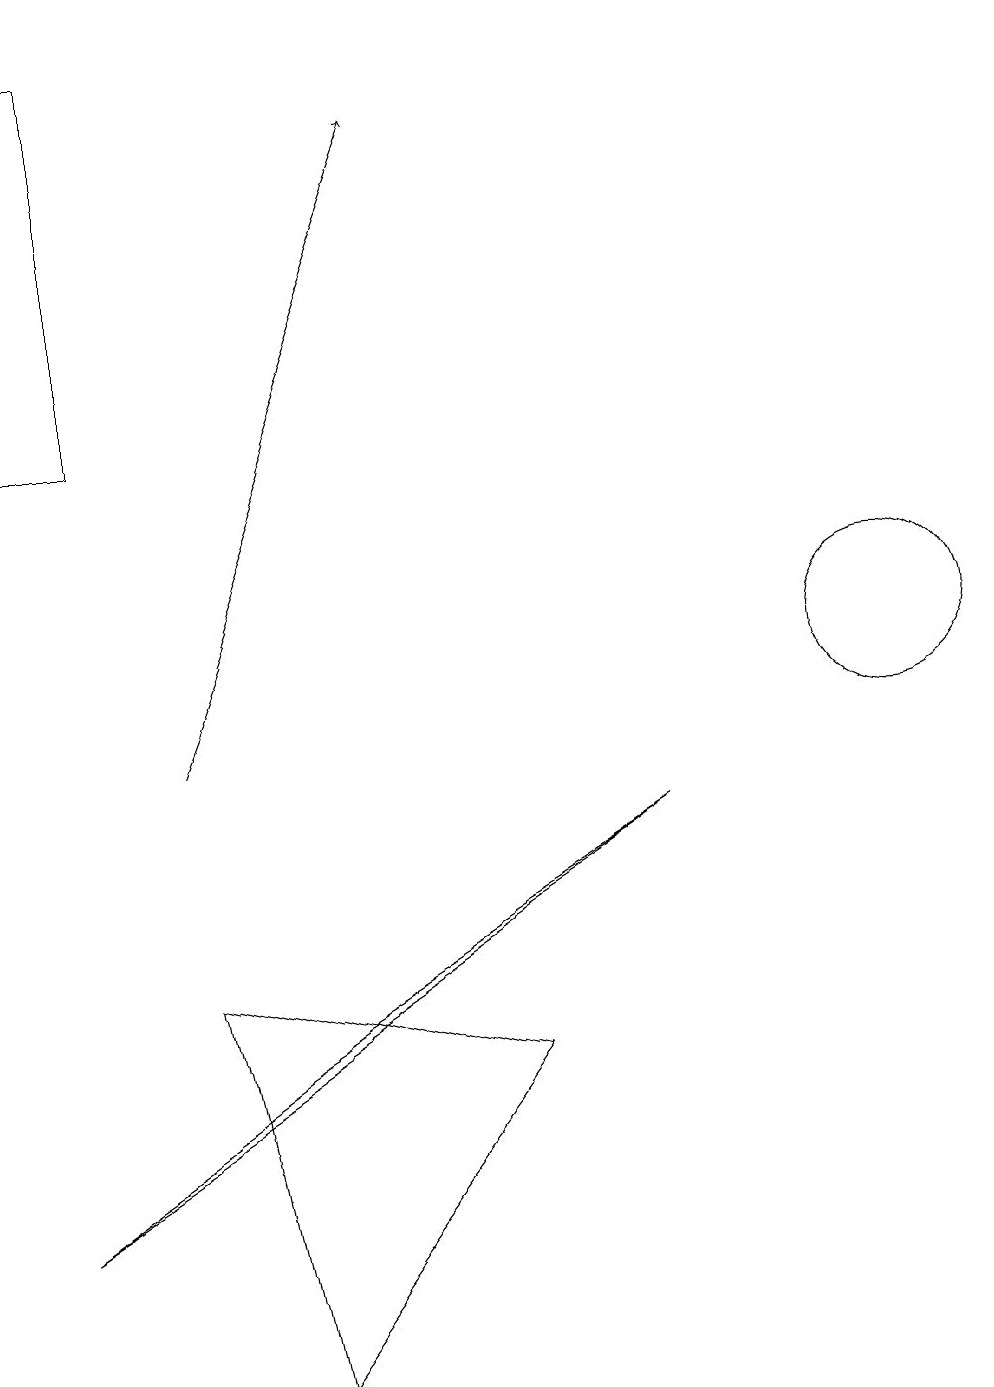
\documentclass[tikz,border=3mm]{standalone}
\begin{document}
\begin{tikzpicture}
\draw (3,2) -- (6,6) -- (2,7) -- cycle;
\draw (11,11) circle (1);
\draw (8,9) -- (0,4) -- (3,6) -- cycle;
\draw (0,14) rectangle (1,19);
\draw[->] (2,10) -- (5,18);
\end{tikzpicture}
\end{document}